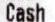
CASH